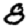
Digit: 8